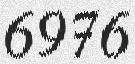
6976